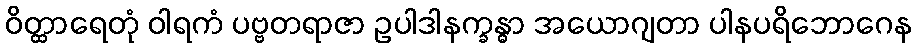
ဝိတ္ထာရေတုံ ဝါရကံ ပဗ္ဗတရာဇာ ဥပါဒါနက္ခန္ဓာ အယောဂျတာ ပါနပရိဘောဂေန